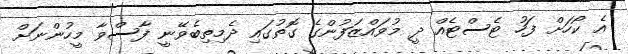
އެ ކޯހަށް ފަހު ޓެސްޓެއް ދީ މުވައްޒަފުންގެ ގޮތުގައި ދެމިތިބެވޭނީ ފާސްވާ މީހުންނަށް